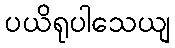
ပယိရုပါသေယျ